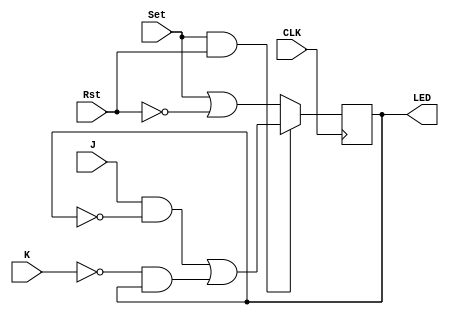
//2020.11.22 JK

module JK(CLK,J,K,Rst,Set,LED);
	input CLK;
	input J;
	input K;
	input Rst;
	input Set;
	
	output reg LED;
	
	initial begin
		LED = 1'b1;
	end
	

	always@(negedge CLK) begin
		if(Set == 1'b1 && Rst == 1'b1)
			LED <= J & (~LED) || ~K & LED; 
		else
			LED <= Set || ~Rst;
	end
	
endmodule